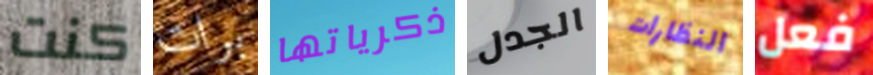
كنت برات ذكرياتها الجدل النظارات فعل